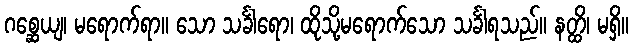
ဂစ္ဆေယျ၊ မရောက်ရာ။ သော သင်္ခါရော၊ ထိုသို့မရောက်သော သင်္ခါရသည်။ နတ္ထိ၊ မရှိ။